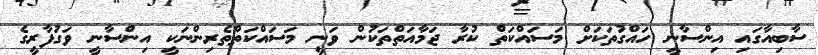
ސާބިއާގައި އިންސާނީ ހައްގުތަކަށް މަސައްކަތް ކުރާ ޖަމާއަތްތަކުން ވަނީ މަސައްކަތްތެރިންނަކީ އިންސާނީ ވަގުފާރީގެ